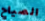
الصياح